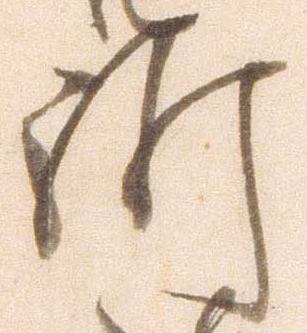
所